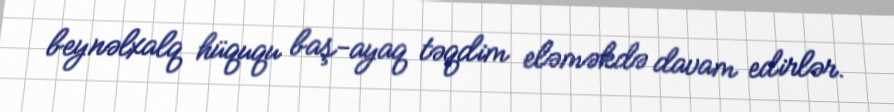
beynəlxalq hüququ baş-ayaq təqdim eləməkdə davam edirlər.